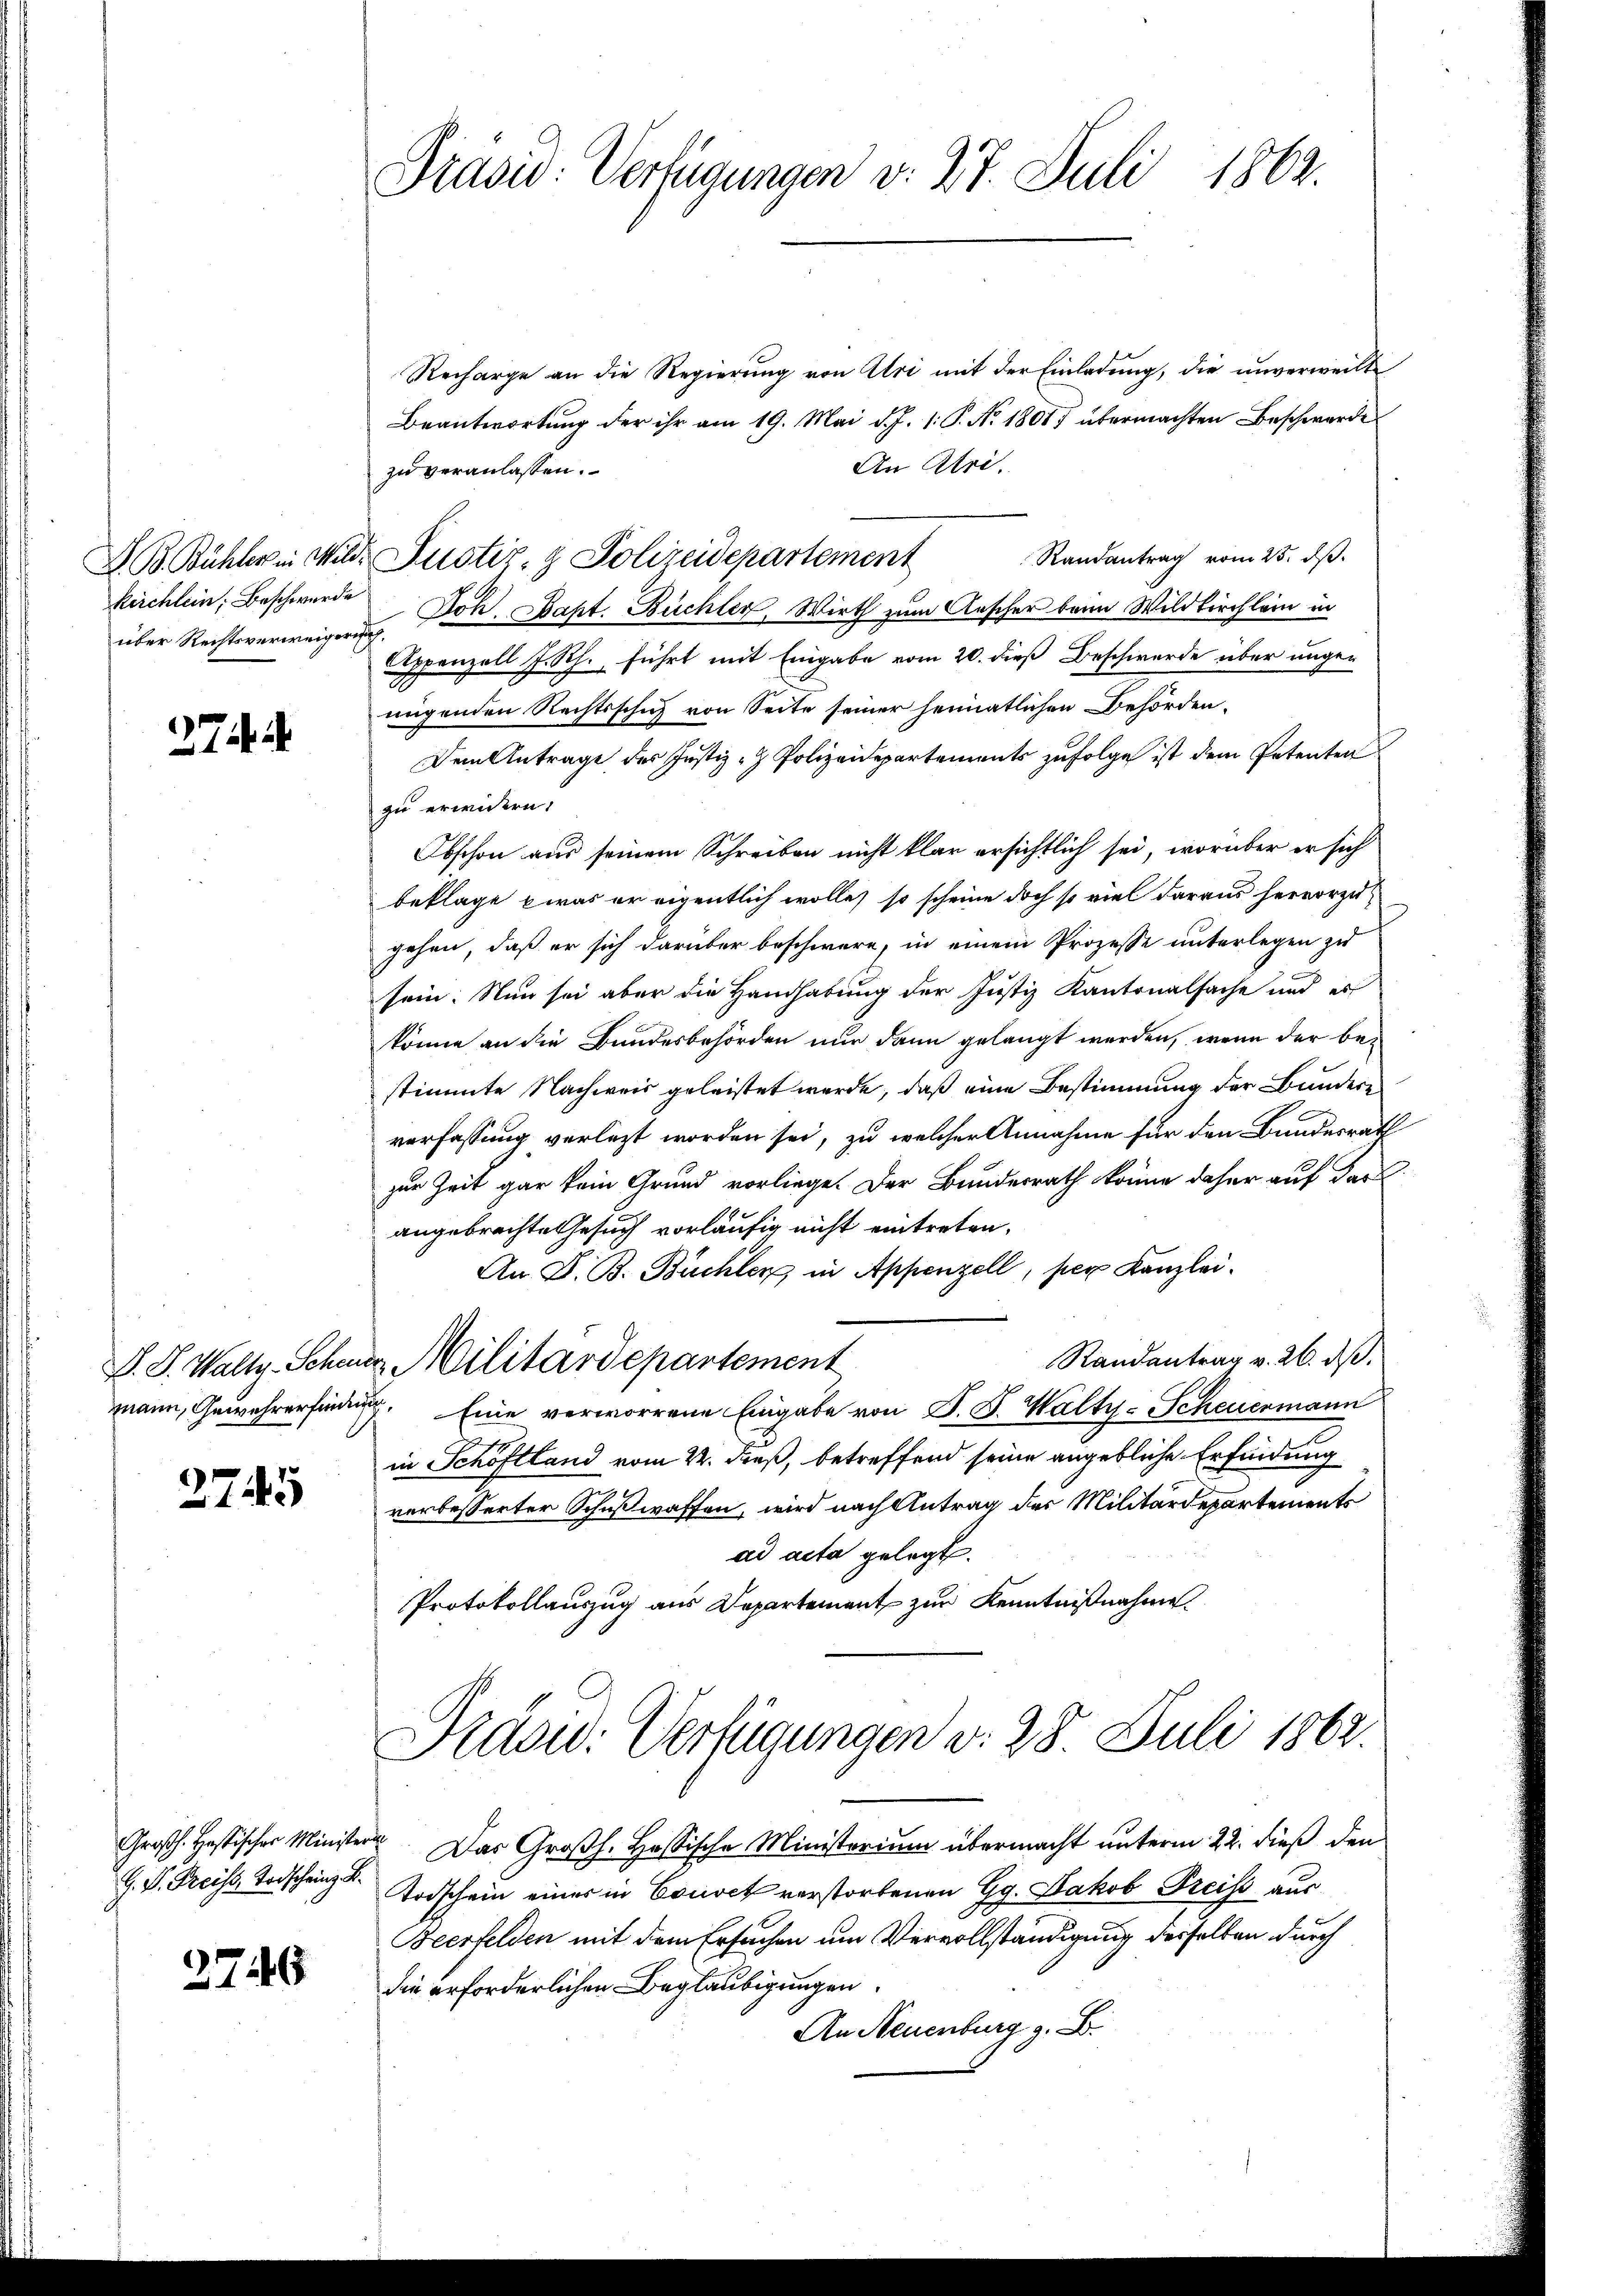
Z. B. Bühler in Mile.
kirchlein, Beschwerde
über Rechtsverweigern

27

2745

G. P. Preiss, Todscheinz. B.

2746

Präsid. Verfügungen d. 27. Juli 1862.

Recharge an die Regierung von Uri mit der Einladung, die unverweilte
Beantwortung der ihr am 19. Mai d. J. 1: P. No 18017 übermachten Beschwerde
An Atri.
zu veranlassen.
Randantrag vom 25. dß.
F. Justiz- & Polizeidepartement
Soh. Bapt. Büchler, Wirth zum Anscher beim Wildkirchlein in
.
Appenzell J. Sch. führt mit Eingabe vom 20. dieß Beschwerde über unge¬
I
nügenden Rechtsschich von Seite seiner heimatlichen Behörden¬
Dem Antrage des Justiz- & Polizeidepartements zufolge ist dem Petenten
zu erwidern.
Abschon aus seinem Schreiben nicht klar ersichtlich sei, worüber er sich
beklage was er eigentlich wolle, so scheine doch so viel daraus hervorzu-
gehen, daß er sich darüber beschwere, in einem Prozesse unterlegen zu
sein. Nun sei aber die Handhabung der Justiz Kantonalsache und es
könne an die Bundesbehörden nur dann gelangt werden, wenn der bestimmte Nachweis geleistet werde, daß eine Bestimmung der Bundere
verfassung verletzt worden sei, zu welcher Annahme für den Bundesrath
zur Zeit gar kein Grund vorliege. Der Bundesrath könne daher auf dar
angebrachte Gesuch vorläufig nicht eintreten.
An D. B. Buchler in Appenzell, per Kanzlei.
Randantrag v. 26. ds.
V. S. Walty. Schwer Militärdepartement
mann, Gewehrerfinden Eine verworrene Eingabe von B. G. Walty-Scheuermann
in Schöftland vom 22. dieß, betreffend seine angebliche Erfindung
verbesserter Schußwaffen, wird nach Antrag des Militärdepartements
ad acta gelegt.
Protokollauszug aus Departement zur Kenntnißnahme.

Präsid. Verfügungen d. 28. Juli 1862.

Großh. Hastischer Minister. Das Großh. Hassische Ministerium übermacht unterm 22. dieß den
Todschein einer in Couvet verstorbenen Gg. Jakob Freiss aus
Beerfelden mit dem Ersuchen um Vervollständigung desselben durch
die erforderlichen Beglaubigungen
An Neuenburg z. B.